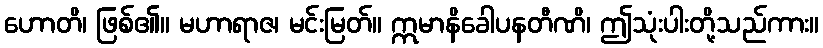
ဟောတိ၊ ဖြစ်၏။ မဟာရာဇ၊ မင်းမြတ်။ ဣမာနိခေါပနတီဏိ၊ ဤသုံးပါးတို့သည်ကား။